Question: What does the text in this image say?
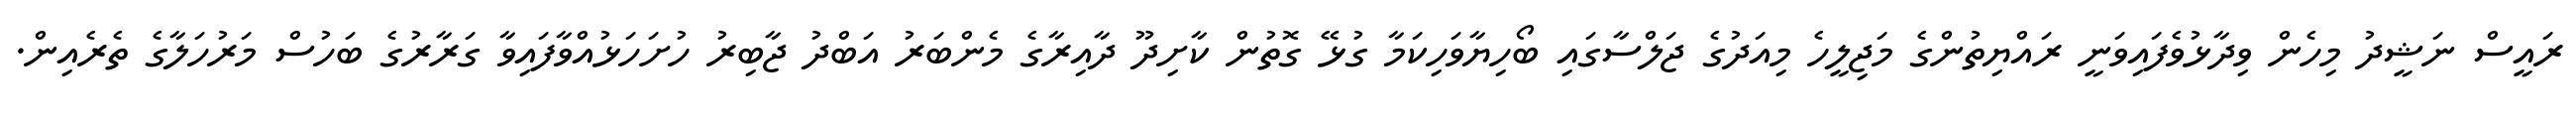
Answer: ރައީސް ނަޝީދު މިހެން ވިދާޅުވެފައިވަނީ ރައްޔިތުންގެ މަޖިލީހެ މިއަދުގެ ޖަލްސާގައި ބޯހިޔާވަހިކަމާ ގުޅޭ ގޮތުން ކާށިދޫ ދާއިރާގެ މެންބަރު އަބްދު ޖާބިރު ހުށަހަޅުއްވާފައިވާ ގަރާރުގެ ބަހުސް މަރުހަލާގެ ތެރެއިން.